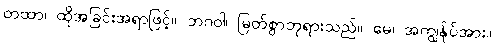
တထာ၊ ထိုအခြင်းအရာဖြင့်။ ဘဂဝါ၊ မြတ်စွာဘုရားသည်။ မေ၊ အကျွန်ုပ်အား။